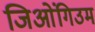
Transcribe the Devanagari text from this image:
जिओंगिउम